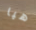
هيا